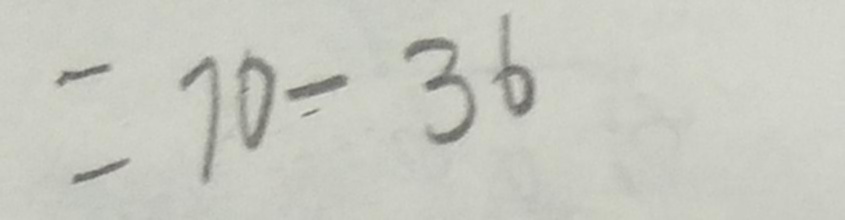
= 7 0 - 3 6